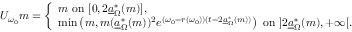
U _ { \omega _ { 0 } } m = \left\{ \begin{array} { l l } { m \mathrm { ~ o n ~ } [ 0 , 2 \underline { { a } } _ { \Omega } ^ { * } ( m ) ] , } \\ { \operatorname* { m i n } \left( m , m ( \underline { { a } } _ { \Omega } ^ { * } ( m ) ) ^ { 2 } e ^ { ( \omega _ { 0 } - r ( \omega _ { 0 } ) ) ( t - 2 \underline { { a } } _ { \Omega } ^ { * } ( m ) ) } \right) \mathrm { ~ o n ~ } ] 2 \underline { { a } } _ { \Omega } ^ { * } ( m ) , + \infty [ . } \end{array} \right.